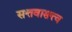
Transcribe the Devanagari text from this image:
सत्तवासत्त्व